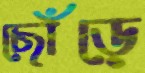
ছোঁড়ে